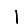
Digit: 1